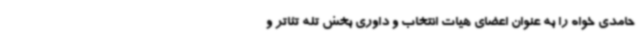
حامدی خواه را به عنوان اعضای هیات انتخاب و داوری بخش تله تئاتر و